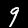
Label: 9